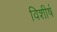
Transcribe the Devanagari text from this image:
विशीर्ष